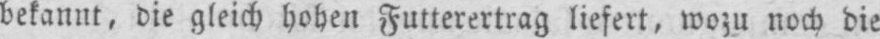
bekannt, die gleich hohen Futterertrag liefert, wozu noch die